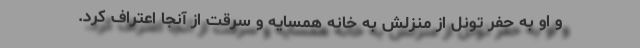
و او به حفر تونل از منزلش به خانه همسایه و سرقت از آنجا اعتراف کرد.